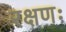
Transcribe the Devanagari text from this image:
रक्षणः